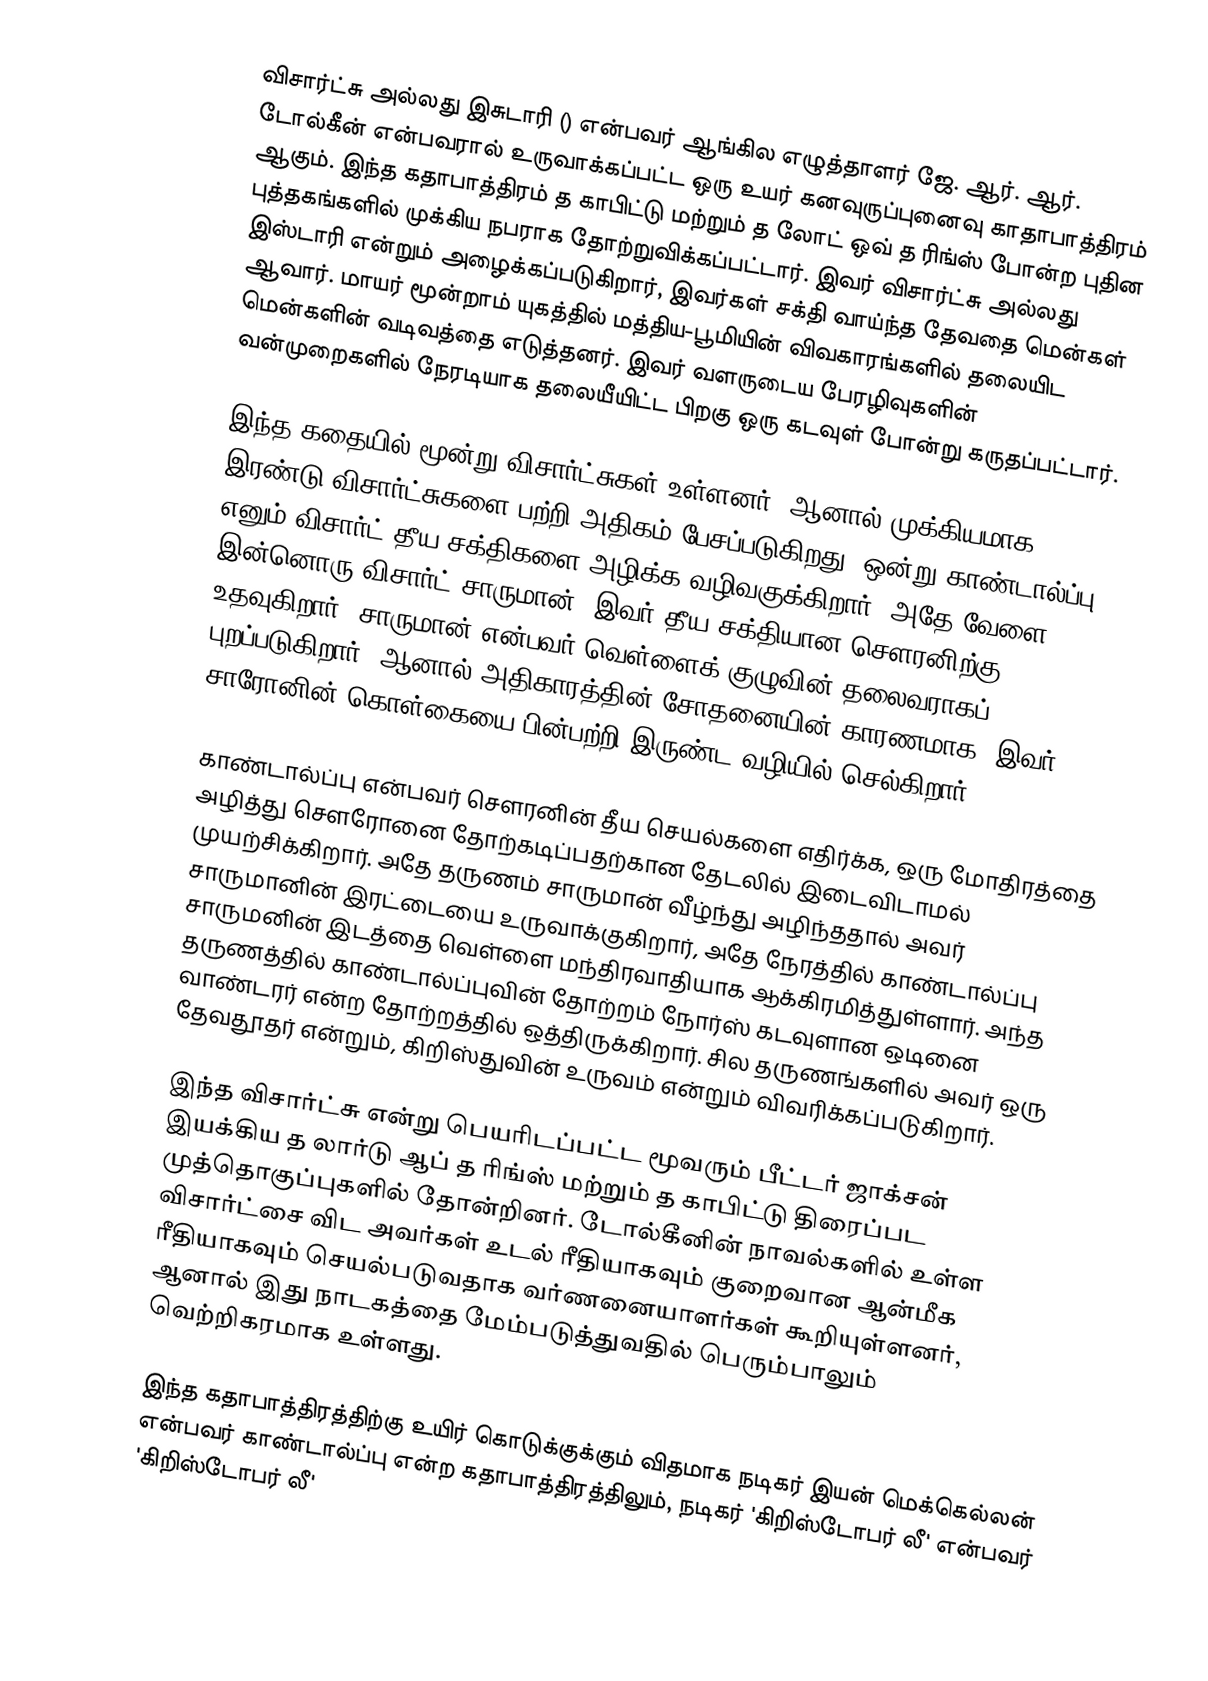
விசார்ட்சு அல்லது இசுடாரி () என்பவர் ஆங்கில எழுத்தாளர் ஜே. ஆர். ஆர். டோல்கீன் என்பவரால் உருவாக்கப்பட்ட ஒரு உயர் கனவுருப்புனைவு காதாபாத்திரம் ஆகும். இந்த கதாபாத்திரம் த காபிட்டு மற்றும் த லோட் ஒவ் த ரிங்ஸ் போன்ற புதின புத்தகங்களில் முக்கிய நபராக தோற்றுவிக்கப்பட்டார். இவர் விசார்ட்சு அல்லது இஸ்டாரி என்றும் அழைக்கப்படுகிறார், இவர்கள் சக்தி வாய்ந்த தேவதை மென்கள் ஆவார். மாயர் மூன்றாம் யுகத்தில் மத்திய-பூமியின் விவகாரங்களில் தலையிட மென்களின் வடிவத்தை எடுத்தனர். இவர் வளருடைய பேரழிவுகளின் வன்முறைகளில் நேரடியாக தலையீயிட்ட பிறகு ஒரு கடவுள் போன்று கருதப்பட்டார்.

இந்த கதையில் மூன்று விசார்ட்சுகள் உள்ளனர். ஆனால் முக்கியமாக இரண்டு விசார்ட்சுகளை பற்றி அதிகம் பேசப்படுகிறது. ஒன்று காண்டால்ப்பு எனும் விசார்ட் தீய சக்திகளை அழிக்க வழிவகுக்கிறார். அதே வேளை இன்னொரு விசார்ட் சாருமான், இவர் தீய சக்தியான செளரனிற்கு உதவுகிறார். சாருமான் என்பவர் வெள்ளைக் குழுவின் தலைவராகப் புறப்படுகிறார், ஆனால் அதிகாரத்தின் சோதனையின் காரணமாக, இவர் சாரோனின் கொள்கையை பின்பற்றி இருண்ட வழியில் செல்கிறார்.

காண்டால்ப்பு என்பவர் செளரனின் தீய செயல்களை எதிர்க்க, ஒரு மோதிரத்தை அழித்து சௌரோனை தோற்கடிப்பதற்கான தேடலில் இடைவிடாமல் முயற்சிக்கிறார். அதே தருணம் சாருமான் வீழ்ந்து அழிந்ததால் அவர் சாருமானின் இரட்டையை உருவாக்குகிறார், அதே நேரத்தில் காண்டால்ப்பு சாருமனின் இடத்தை வெள்ளை மந்திரவாதியாக ஆக்கிரமித்துள்ளார். அந்த தருணத்தில் காண்டால்ப்புவின் தோற்றம் நோர்ஸ் கடவுளான ஒடினை வாண்டரர் என்ற தோற்றத்தில் ஒத்திருக்கிறார். சில தருணங்களில் அவர் ஒரு தேவதூதர் என்றும், கிறிஸ்துவின் உருவம் என்றும் விவரிக்கப்படுகிறார்.

இந்த விசார்ட்சு என்று பெயரிடப்பட்ட மூவரும் பீட்டர் ஜாக்சன் இயக்கிய த லார்டு ஆப் த ரிங்ஸ் மற்றும் த காபிட்டு திரைப்பட முத்தொகுப்புகளில் தோன்றினர். டோல்கீனின் நாவல்களில் உள்ள விசார்ட்சை விட அவர்கள் உடல் ரீதியாகவும் குறைவான ஆன்மீக ரீதியாகவும் செயல்படுவதாக வர்ணனையாளர்கள் கூறியுள்ளனர், ஆனால் இது நாடகத்தை மேம்படுத்துவதில் பெரும்பாலும் வெற்றிகரமாக உள்ளது.

இந்த கதாபாத்திரத்திற்கு உயிர் கொடுக்குக்கும் விதமாக நடிகர் இயன் மெக்கெல்லன்  என்பவர் காண்டால்ப்பு என்ற கதாபாத்திரத்திலும், நடிகர் 'கிறிஸ்டோபர் லீ'  என்பவர் 'கிறிஸ்டோபர் லீ'